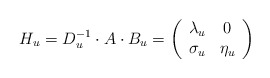
\begin{align*}H_u=D_u\sp{-1}\cdot A\cdot B_u=\left( \begin{array}{cc} \lambda_u & 0 \\ \sigma_u & \eta_u \\ \end{array} \right)\end{align*}